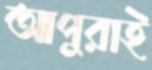
আপুরাই